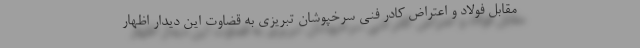
مقابل فولاد و اعتراض کادر فنی سرخپوشان تبریزی به قضاوت این دیدار اظهار